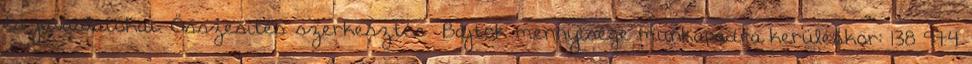
és javaslatokat. Összesítés szerkesztés Bájtok mennyisége munkapadra kerüléskor: 138 974